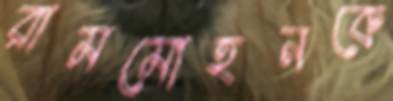
রামমোহনকে